Indian journal of veterinary science and animal husbandry - Volume 12,
Year: 1942
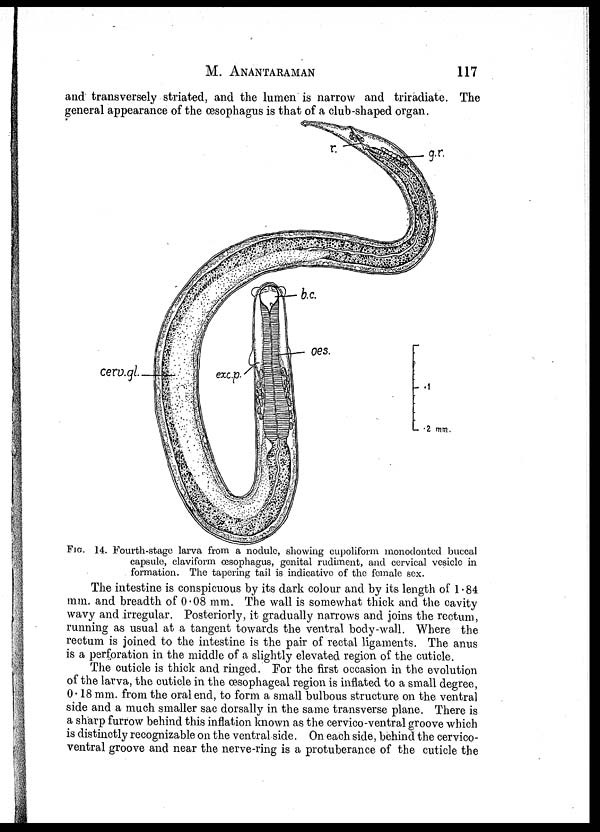
M.
ANANTARAMAN
117
and transversely striated, and the lumen is narrow and triradiate. The
general appearance of the œsophagus is that of a club-shaped organ.
FIG. 14. Fourth-stage larva from a nodule, showing cupoliform monodonted buccal
capsule, claviform œsophagus, genital rudiment, and cervical vesicle in
formation. The tapering tail is indicative of the female sex.
The intestine is conspicuous by its dark colour and by its length of 1.84
mm. and breadth of 0.08 mm. The wall is somewhat thick and the cavity
wavy and irregular. Posteriorly, it gradually narrows and joins the rectum,
running as usual at a tangent towards the ventral body-wall. Where the
rectum is joined to the intestine is the pair of rectal ligaments. The anus
is a perforation in the middle of a slightly elevated region of the cuticle.
The cuticle is thick and ringed. For the first occasion in the evolution
of the larva, the cuticle in the œsophageal region is inflated to a small degree,
0.18 mm. from the oral end, to form a small bulbous structure on the ventral
side and a much smaller sac dorsally in the same transverse plane. There is
a sharp furrow behind this inflation known as the cervico-ventral groove which
is distinctly recognizable on the ventral side. On each side, behind the cervico¬
ventral groove and near the nerve-ring is a protuberance of the cuticle the